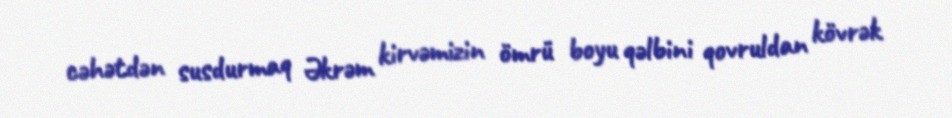
cəhətdən susdurmaq Əkrəm kirvəmizin ömrü boyu qəlbini qovruldan kövrək